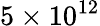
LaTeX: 5\times 10^{12}